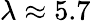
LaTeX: \lambda\approx 5.7